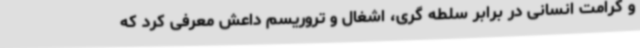
و کرامت انسانی در برابر سلطه گری، اشغال و تروریسم داعش معرفی کرد که